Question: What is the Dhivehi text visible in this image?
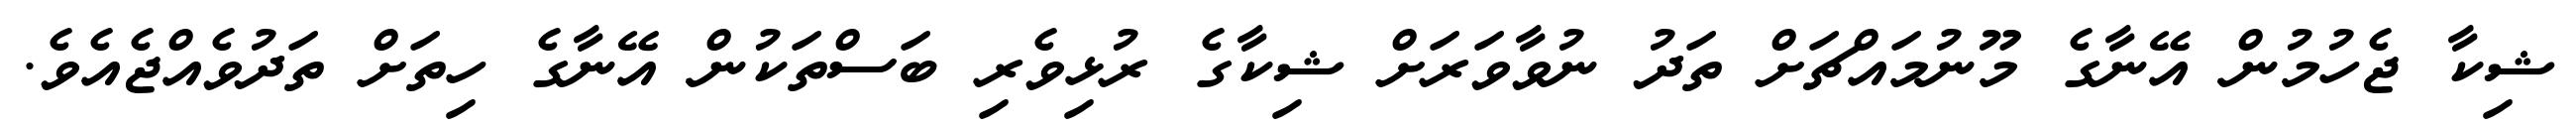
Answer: ޝިކާ ޖެހުމުން އޭނާގެ މޫނުމައްޗަށް ތަދު ނުވާވަރަށް ޝިކާގެ ރުޅިވެރި ބަސްތަކުން އޭނާގެ ހިތަށް ތަދުވެއްޖެއެވެ.